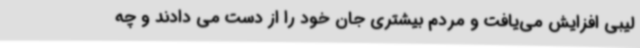
لیبی افزایش می‌یافت و مردم بیشتری جان خود را از دست می دادند و چه